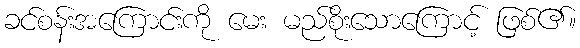
ခင်စန်းအကြောင်းကို မေး မည်စိုးသောကြောင့် ဖြစ်၏။